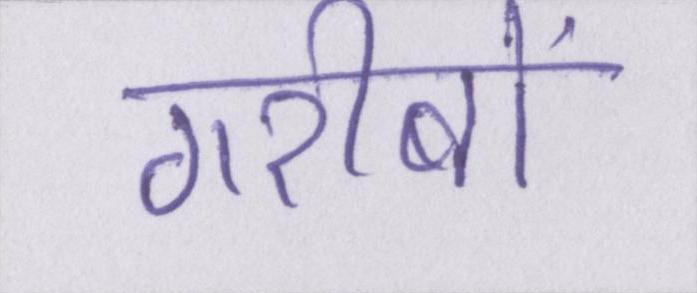
गरीबों